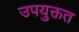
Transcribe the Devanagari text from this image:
उपयुक्तत